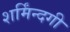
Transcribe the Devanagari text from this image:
शर्मिंन्दगी